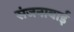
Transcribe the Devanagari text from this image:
संजनाबाई